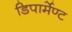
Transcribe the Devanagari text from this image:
डिपार्मेण्ट